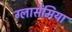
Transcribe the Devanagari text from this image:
ग्लासेमिया